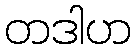
တဒါဟ